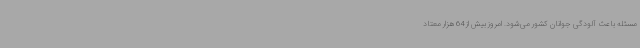
مسئله باعث آلودگی جوانان کشور می‌شود. امروز بیش از 64 هزار معتاد